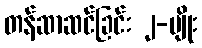
တန်ဆာဆင်ခြင်း ၂-မျိုး